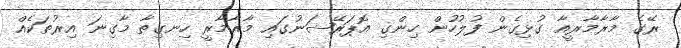
ރޭގެ މާރާމާރީއާ ގުޅިގެން ފުލުހުން ހިންގި އޮޕަރޭޝަނުގައި މާރާމާރީ ހިނގިތާ މާގިނަ އިރުތަކެއް